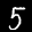
Label: 5